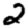
Digit: 2